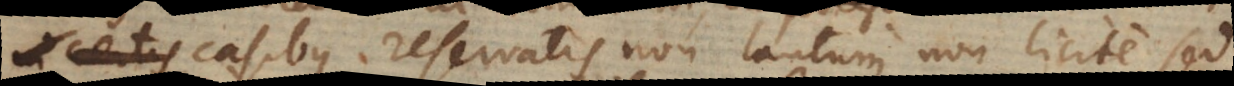
quibusdam casibus reservatis non tantum non licite, sed